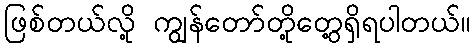
ဖြစ်တယ်လို့ ကျွန်တော်တို့တွေ့ရှိရပါတယ်။